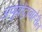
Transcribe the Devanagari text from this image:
अणुक्रेंद्राबाहेरील